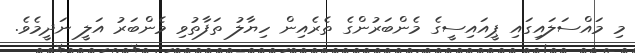
މި މައްސަލައިގައި ޕީއައިސީގެ މެންބަރުންގެ ތެރެއިން ހިޔާލު ތަފާތުވި މެންބަރު އަލީ ނަދީމެވެ.